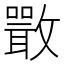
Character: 𣀌